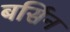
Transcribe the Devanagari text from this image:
बर्सिन